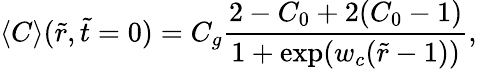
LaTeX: \left\langle C\right\rangle(\tilde{r},\tilde{t}=0)=C_{g}\frac{2-C_{0}+2(C_{0}-1)}{1+\exp(w_{c}(\tilde{r}-1))},